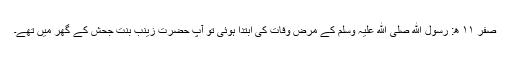
صفر ۱۱ ھ: رسول ﷲ صلی ﷲ علیہ وسلم کے مرض وفات کی ابتدا ہوئی تو آپ حضرت زینب بنت جحش کے گھر میں تھے۔